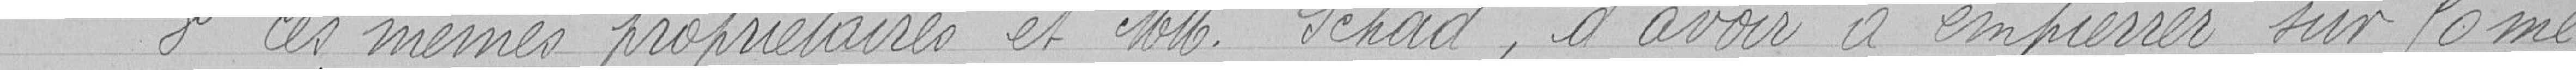
Troisièmement, ces mêmes propriétaires et messieurs Schad, d'avoir à empierrer sur 90 mè-